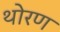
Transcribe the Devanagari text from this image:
थोरण